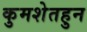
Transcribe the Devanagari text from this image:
कुमशेतहुन